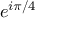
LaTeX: e ^ { i \pi / 4 }